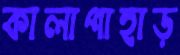
কালাপাহাড়